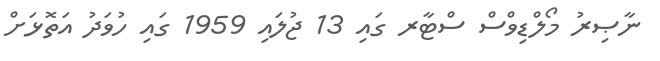
ނާޞިރު މޯލްޑިވްސް ސްޓާރ ގައި 13 ޖުލައި 1959 ގައި ހުވަދު އަތޮޅަށް